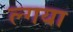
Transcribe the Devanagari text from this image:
ल्गया